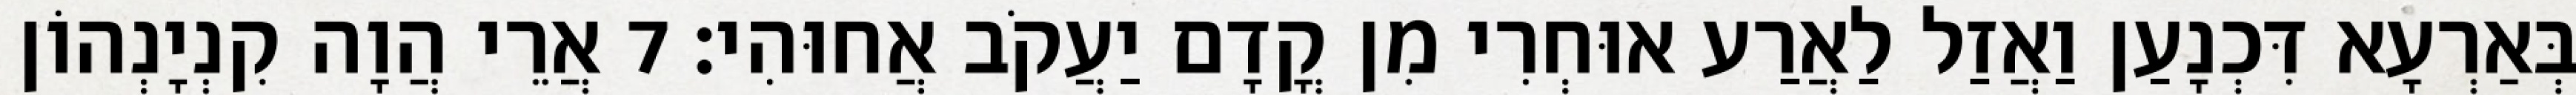
בְּאַרְעָא דִּכְנָעַן וַאֲזַל לַאֲרַע אוּחְרִי מִן קֳדָם יַעֲקֹב אֲחוּהִי׃ 7 אֲרֵי הֲוָה קִנְיָנְהוֹן